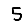
Digit: 5